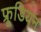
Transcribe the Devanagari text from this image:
फ्रूडियन